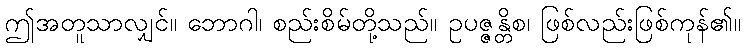
ဤအတူသာလျှင်။ ဘောဂါ၊ စည်းစိမ်တို့သည်။ ဥပဇ္ဇန္တိစ၊ ဖြစ်လည်းဖြစ်ကုန်၏။